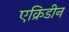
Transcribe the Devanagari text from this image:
एक्रिडीन